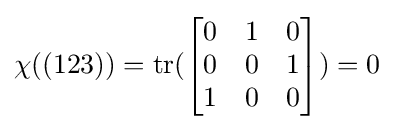
\chi ((123))=\operatorname {tr} ({\begin{bmatrix}0&1&0\\0&0&1\\1&0&0\end{bmatrix}})=0